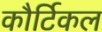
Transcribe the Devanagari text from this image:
कौर्टिकल